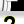
Digit: 2